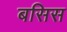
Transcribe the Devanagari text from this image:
बसिस